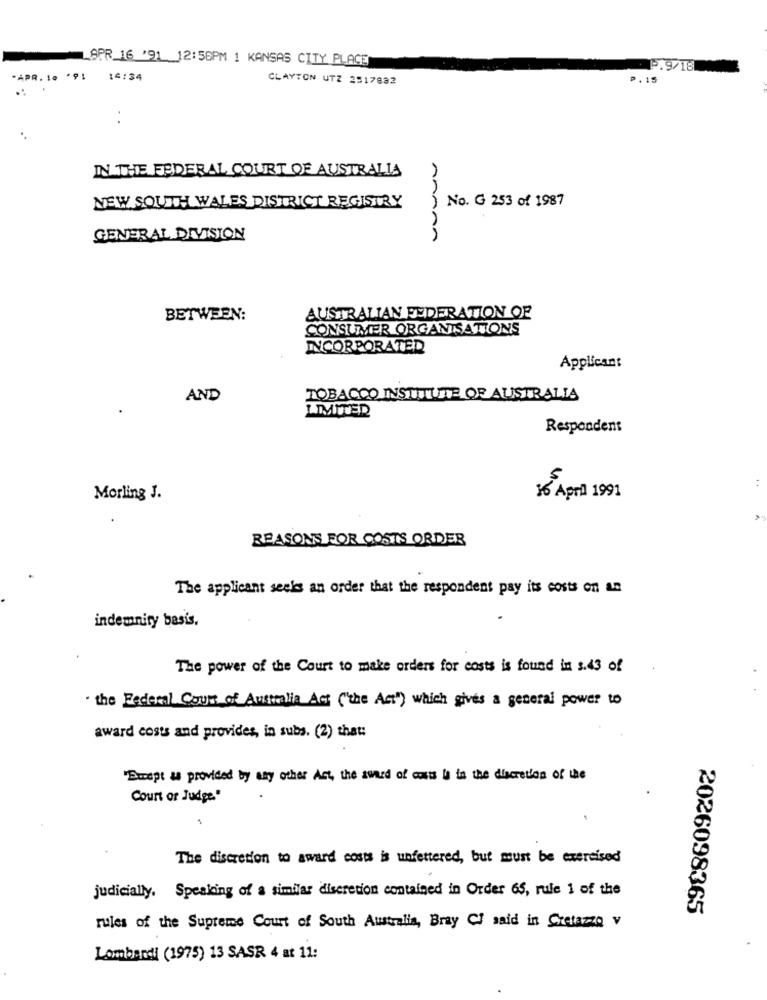
APR_16 '91 12:56PM 1 KANSAS CITY PLACE
P.9/18
*APR. 10 .91
14:34
CLAYTON UTZ 2517882
P.15
IN THE FEDERAL COURT OF AUSTRALIA
) No. G 253 of 1987
NEW SOUTH WALES DISTRICT REGISTRY
GENERAL DIVISION
BETWEEN:
AUSTRALIAN FEDERATION OF
CONSUMER ORGANISATIONS
INCORPORATED
Applicant
AND
TOBACCO INSTITUTE OF AUSTRALIA
LIMITED
Respondent
:
Morling J.
16 April 1991
REASONS FOR COSTS ORDER
The applicant seeks an order that the respondent pay its costs on an
indemnity basis.
The power of the Court to make orders for costs is found in s.43 of
. the Federal Court of Australia Act ("the Act") which gives a general power to
award costs and provides, in subs. (2) that:
Except is provided by any other Art, the sword of cases is in the discretion of the
Court of Judge."
The discretion to award costs is unfettered, but must be exercised
judicially. Speaking of a similar discretion contained in Order 65, rule 1 of the
2026098365
rules of the Supreme Court of South Australia, Bray CJ said in Cretazzo v
Lombardi (1975) 13 SASR 4 at 11: